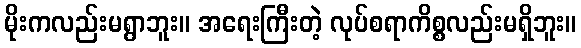
မိုးကလည်းမရွာဘူး။ အရေးကြီးတဲ့ လုပ်စရာကိစ္စလည်းမရှိဘူး။